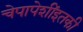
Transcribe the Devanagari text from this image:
चेपापेशींइतकी